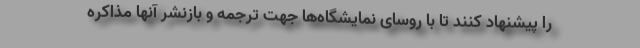
را پیشنهاد کنند تا با روسای نمایشگاه‌ها جهت ترجمه و بازنشر آنها مذاکره